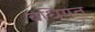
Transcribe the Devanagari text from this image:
बेधियत